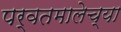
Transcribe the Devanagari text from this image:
पर्वतमालेच्या